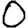
Digit: 0